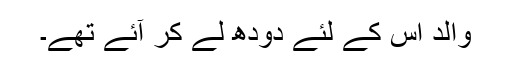
والد اس کے لئے دودھ لے کر آئے تھے۔